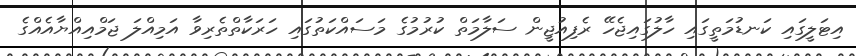
އިޓަލީގައި ކަނޑުމަތީގައި ހާލުގައިޖެހޭ ރެފިއުޖީން ސަލާމަތް ކުރުމުގެ މަސައްކަތުގައި ހަރަކާތްތެރިވާ އަމިއްލަ ޖަމްއިއްޔާއެއްގެ